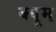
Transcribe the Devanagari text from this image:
क्यूम